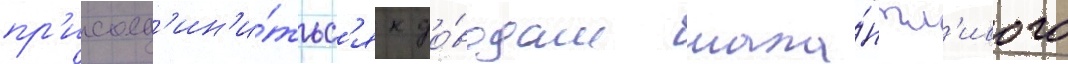
пр'исоед'ин'и́тьс'я к до́водам тала́нтл'ивого